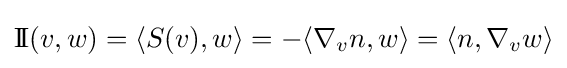
\mathrm {I} \!\mathrm {I} (v,w)=\langle S(v),w\rangle =-\langle \nabla _{v}n,w\rangle =\langle n,\nabla _{v}w\rangle